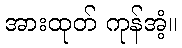
အားထုတ် ကုန်အံ့။